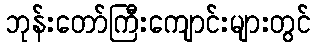
ဘုန်းတော်ကြီးကျောင်းများတွင်